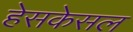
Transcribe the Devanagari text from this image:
हेसकेसल